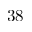
3 8